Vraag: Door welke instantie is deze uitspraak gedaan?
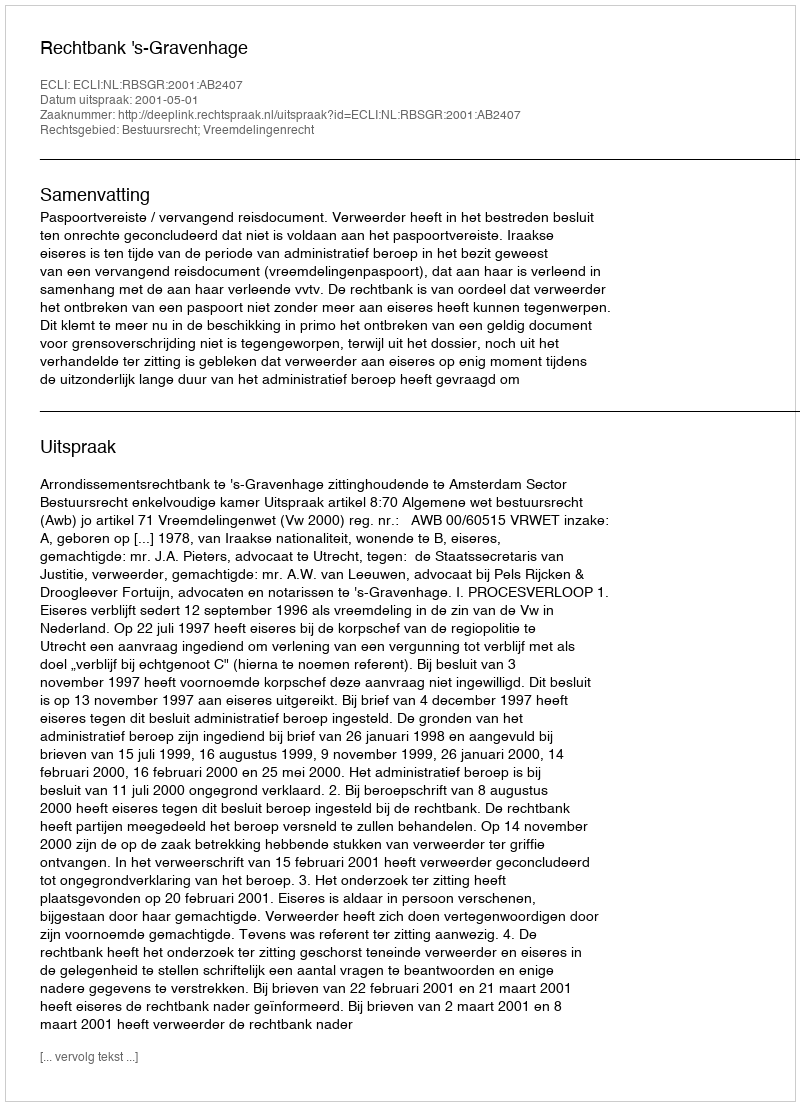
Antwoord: Rechtbank 's-Gravenhage